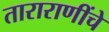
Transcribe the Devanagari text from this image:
ताराराणींचे